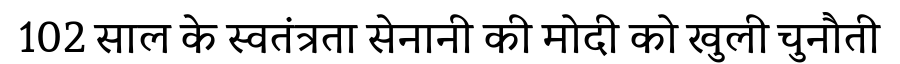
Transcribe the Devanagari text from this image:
102 साल के स्वतंत्रता सेनानी की मोदी को खुली चुनौती